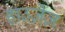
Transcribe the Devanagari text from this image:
हाउज़ेज़